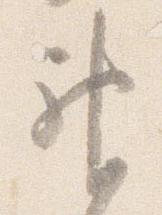
神